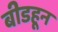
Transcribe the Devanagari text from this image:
बीडहून